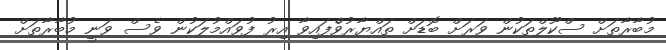
މުބާރާތަށް ސްކޫލްތަކުން ވަރަށް ބޮޑަށް ތައްޔާރުވްެފައިވާ އިރު ފުވައްމުލަކުން ވެސް ވަނީ މުބާރާތަށް